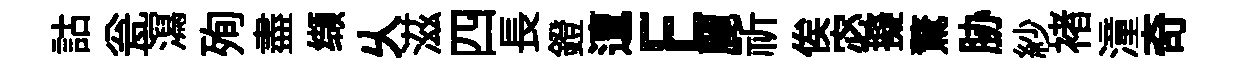
詁瓮㵼殉盡缬乆滋四長鐙邅E麗祈俟宓擬驚胁紗褚潼奇